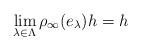
LaTeX: \begin{align*}\lim_{\lambda\in \Lambda}\rho_\infty(e_\lambda) h=h\end{align*}